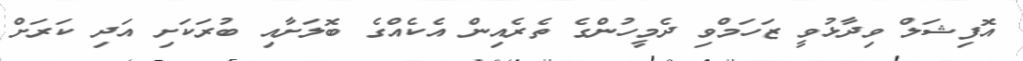
އޮފިޝަލް ވިދާޅުވީ ޒަހަމްވި ދެމީހުންގެ ތެރެއިން އެކެއްގެ ބޮލަށާއި ބުރަކަށި އަދި ކަރަށް